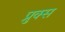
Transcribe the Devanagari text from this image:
प्रुक्स